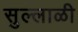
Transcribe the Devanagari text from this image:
सुल्लाळी